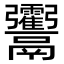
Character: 𩱶